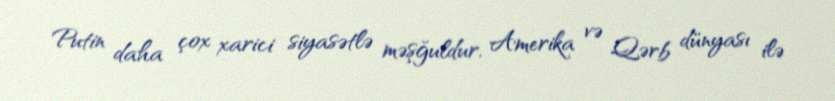
Putin daha çox xarici siyasətlə məşğuldur, Amerika və Qərb dünyası ilə